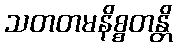
သတတမနိစ္စတန္တိ